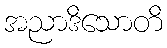
အညာဒိသောတိ